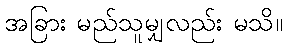
အခြား မည်သူမျှလည်း မသိ။